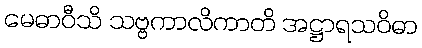
မေဓာဝီသိ သဗ္ဗကာလိကာတိ အဋ္ဌာရသဝိဓာ